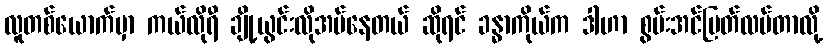
လူတစ်ယောက်မှာ ကယ်လိုရီ ချို့ယွင်းလိုအပ်နေတယ် ဆိုရင် ခန္ဓာကိုယ်က ဒါဟာ စွမ်းအင်ပြတ်လပ်တာလို့